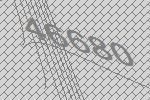
46680